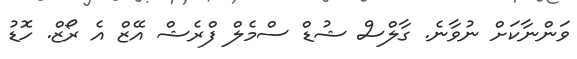
ވަންނާކަށް ނުވާނެ. ގާލްސް ޝުޑް ސްމެލް ފްރެޝް އޭޒް އެ ރޯޒް. ހޮޑު